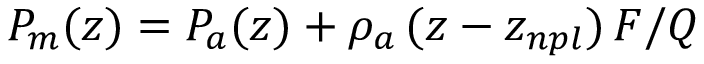
P _ { m } ( z ) = P _ { a } ( z ) + \rho _ { a } \, ( z - z _ { n p l } ) \, F / Q